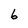
Character: 6